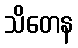
သိတေန